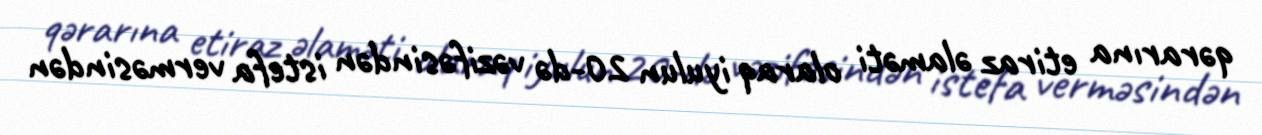
qərarına etiraz əlaməti olaraq iyulun 20-də vəzifəsindən istefa verməsindən